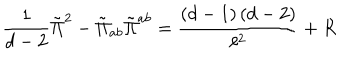
\frac { 1 } { d - 2 } \tilde { \Pi } ^ { 2 } - \tilde { \Pi } _ { a b } \tilde { \Pi } ^ { a b } = \frac { \left( d - 1 \right) \left( d - 2 \right) } { \ell ^ { 2 } } + R